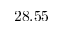
2 8 . 5 5